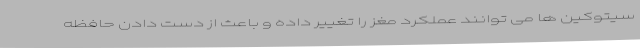
سیتوکین ها می توانند عملکرد مغز را تغییر داده و باعث از دست دادن حافظه